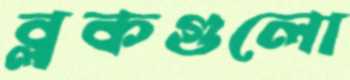
ব্লকগুলো